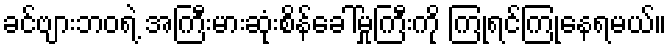
ခင်ဗျားဘဝရဲ့ အကြီးမားဆုံးစိန်ခေါ်မှုကြီးကို ကြုံရင်ကြုံနေရမယ်။